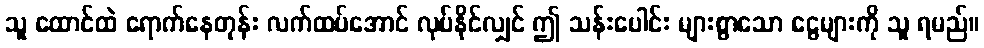
သူ ထောင်ထဲ ရောက်နေတုန်း လက်ထပ်အောင် လုပ်နိုင်လျှင် ဤ သန်းပေါင်း များစွာသော ငွေများကို သူ ရမည်။